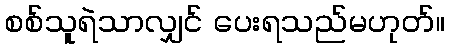
စစ်သူရဲသာလျှင် ပေးရသည်မဟုတ်။